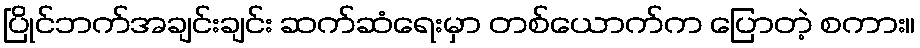
ပြိုင်ဘက်အချင်းချင်း ဆက်ဆံရေးမှာ တစ်ယောက်က ပြောတဲ့ စကား။